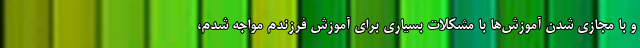
و با مجازی شدن آموزش‌ها با مشکلات بسیاری برای آموزش فرزندم مواجه شدم،